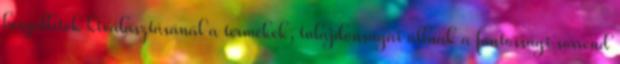
beszállítók kiválasztásánál a termékek, tulajdonságai állnak a fontossági sorrend